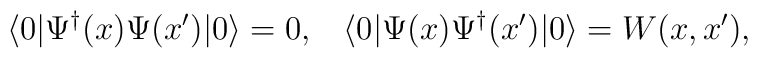
\langle 0| \Psi^{\dagger}(x)\Psi(x') |0\rangle =0, \;\;\; \langle 0| \Psi(x)\Psi^{\dagger}(x') |0\rangle =W(x,x'),